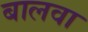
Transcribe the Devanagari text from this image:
बालवा